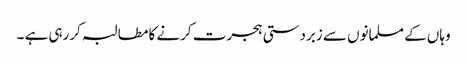
وہاں کے مسلمانوں سے زبردستی ہجرت کرنے کا مطالبہ کررہی ہے ۔